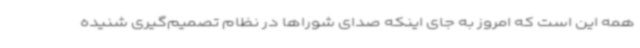
همه این است که امروز به جای اینکه صدای شوراها در نظام تصمیم‌گیری شنیده